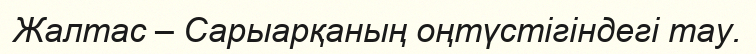
Жалтас – Сарыарқаның оңтүстігіндегі тау.